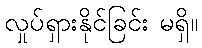
လှုပ်ရှားနိုင်ခြင်း မရှိ။